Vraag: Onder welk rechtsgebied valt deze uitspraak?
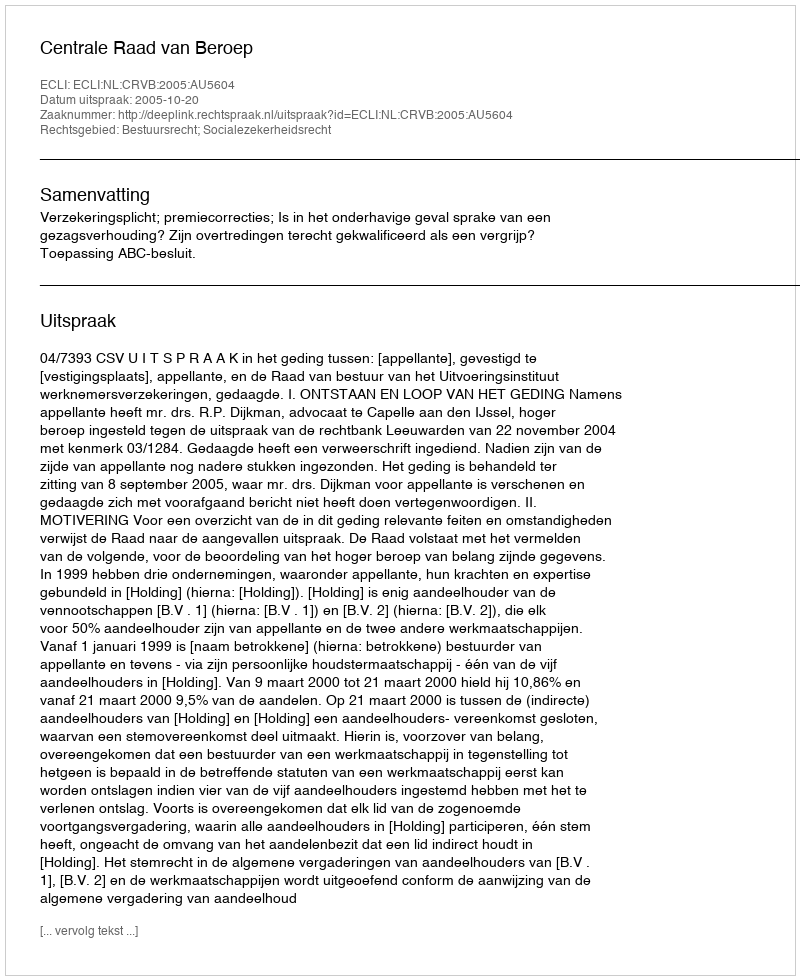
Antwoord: Bestuursrecht; Socialezekerheidsrecht